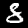
Digit: 8